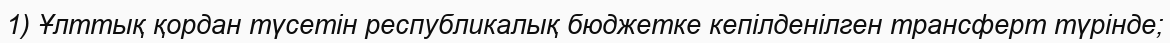
1) Ұлттық қордан түсетін республикалық бюджетке кепілденілген трансферт түрінде;